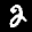
Label: 2